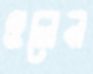
ওলেন